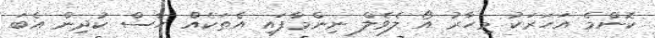
ކޮންމެ އަހަރަކު މިހާރު އޯ ލެވެލް ނިންމާފައި އެތަކެއް ހާސް ކުދިން އެބަ